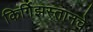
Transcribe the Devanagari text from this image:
किर्गिझस्तानचे